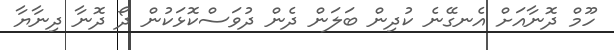
ހޫމް ދޮނާއަށް އެނގޭނެ ކުދިން ބަލަން ދެން ދުވަސްކޮޅަކުން ދޯ ދޮނާ ދިނާޔާ